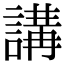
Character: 講